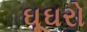
ઘૂઘરો